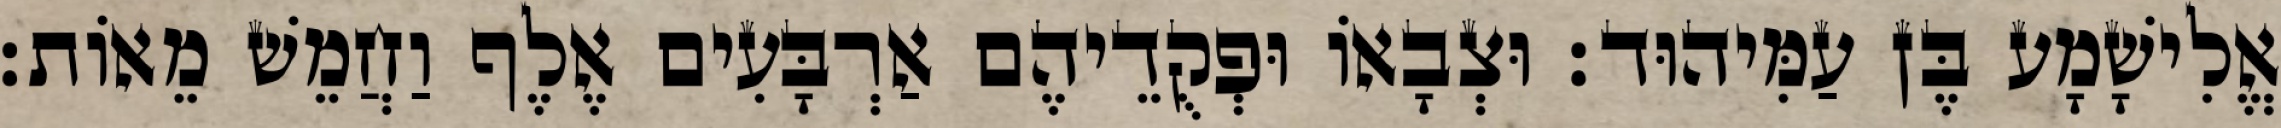
אֱלִישָׁמָע בֶּן עַמִּיהוּד׃ וּצְבָאוֹ וּפְקֻדֵיהֶם אַרְבָּעִים אֶלֶף וַחֲמֵשׁ מֵאוֹת׃